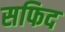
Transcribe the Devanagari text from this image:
सफिद